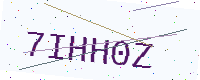
Text: 7IHH0Z